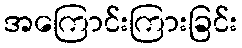
အကြောင်းကြားခြင်း